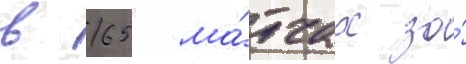
в 65 ма́тчах за́